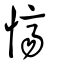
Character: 懠